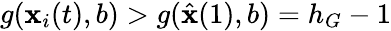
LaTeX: g(\mathbf{x}_{i}(t),b)>g(\hat{{\mathbf{x}}}(1),b)=h_{G}-1